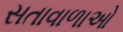
સતાવાળાઓ